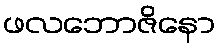
ဖလဘောဇိနော